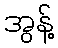
အွန့်